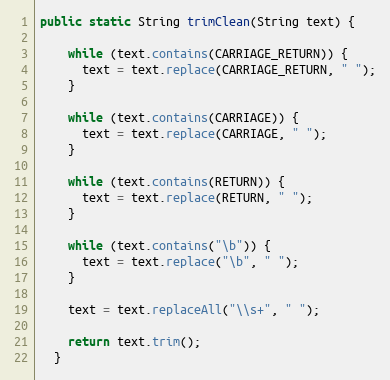
Language: Java
public static String trimClean(String text) {

    while (text.contains(CARRIAGE_RETURN)) {
      text = text.replace(CARRIAGE_RETURN, " ");
    }

    while (text.contains(CARRIAGE)) {
      text = text.replace(CARRIAGE, " ");
    }

    while (text.contains(RETURN)) {
      text = text.replace(RETURN, " ");
    }

    while (text.contains("\b")) {
      text = text.replace("\b", " ");
    }

    text = text.replaceAll("\\s+", " ");

    return text.trim();
  }